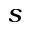
s